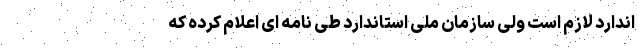
اندارد لازم است ولی سازمان ملی استاندارد طی نامه ای اعلام کرده که